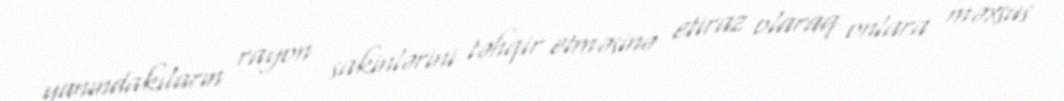
yanındakıların rayon sakinlərini təhqir etməsinə etiraz olaraq onlara məxsus